Indian journal of veterinary science and animal husbandry - Volumes 22-23, 1952-1953
Year: 1952
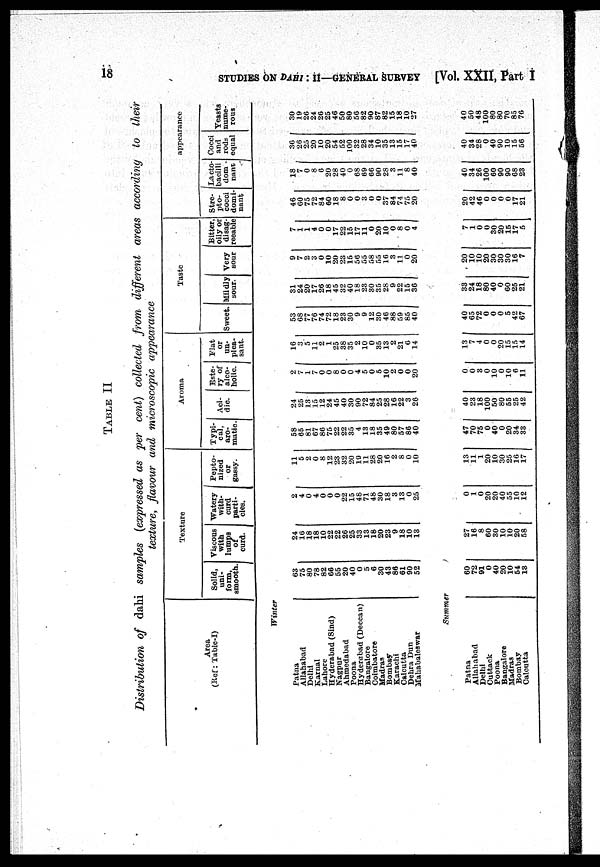
18
STUDIES ON DAHI : II—GENERAL SURVEY [Vol. XXII, Part I
TABLE II
Distribution of dahi samples (expressed as per cent) collected from different areas according to their
texture, flavour and microscopic appearance
Area
(Ref: Table-I)
Winter
Patna
Allahabad
Delhi
Karnal
Lahore
Hyderabad (Sind)
Nagpur
Ahmedabad
Poona
Hyderabad (Deccan)
Bangalore
Coimbatore
Madras
Bombay
Karachi
Calcutta
Dehra Dun
Mahabaleswar
Texture
Solid,
uni-
form,
smooth.
63
75
80
78
82
66
55
20
40
0
5
6
30
43
86
61
90
52
Summer
Patna
Allahabad
Delhi
Cuttcack
Poona
Bangalore
Madras
Bombay
Calcutta
60
72
91
0
40
20
10
54
13
Viscous
with
lumps
of
curd.
24
16
18
18
10
22
22
26
25
33
13
18
20
23
9
18
10
13
27
16
8
60
30
10
10
20
58
Watery
with-
curd
parti-
cles.
2
4
0
4
0
0
0
22
15
48
71
48
30
18
3
13
0
25
0
1
0
20
20
40
55
10
12
Pepto-
nized
or
gassy.
11
5
2
0
8
12
23
32
20
19
11
28
20
16
2
8
0
10
13
11
1
20
10
30
25
16
17
Aroma
Typi-
cal,
aro-
matic.
58
65
81
67
86
75
22
22
35
4
13
18
35
49
80
57
86
40
47
70
75
0
40
0
20
34
33
Aci-
dic.
24
25
13
15
12
24
45
40
30
90
72
84
25
28
16
22
3
26
40
23
18
100
50
80
55
25
42
Este-
ry of
alco-
holic.
2
7
1
7
0
0
8
0
0
4
5
0
5
10
2
0
0
20
0
0
3
0
10
0
10
6
11
Flat
or
un-
plea-
sant.
16
3 5
11
2
1
25
38
35
2
10
0
35
13
2
21
6
14
13
7
4
0
0
20
15
15
14
Taste
Sweet.
53
68
77
76
74
72
18
23
30
9
9
12
30
46
88
59
85
40
40
65
72
0
0
0
5
42
67
Mildly
sour.
31
24
20
17
26
18
45
32
40
18
23
30
35
2S
9
22
15
36
33
24
18
80
40
0
60
25
21
Very
sour
9
7
2
3
0
10
20
23
15
56
55
58
55
16
3
11
0
20
20
10
10
20
30
30
30
16
7
Bitter,
oily or
disag
reeable
7
1
1
4
0
0
17
22
15
17
11
0
20
10
0
8
0
4
7
1
0
0
30
20
15
17
5
appearance
Stre-
pto-
cocci
domi-
nant
46
60
75
72
84
60
18
8
0
0
3
0
0
37
84
74
75
20
20
42
46
0
0
0
0
17
21
Lacto-
bacilli
dom-
nant
18
7
0
8
6
20
28
40
0
68
69
66
90
28
3
11
8
40
40
34
26
100
60
90
90
68
23
Cocci
and
rods
equal
36
26
25
20
10
20
54
52
100
32
28
34
10
35
13
15
17
40
40
34
28
0
40
90
10
15
56
Yeasts
nume-
rous
30
19
26
24
26
25
46
50
80
56
82
90
87
82
15
18
10
27
40
50
48
100
80
80
70
85
76